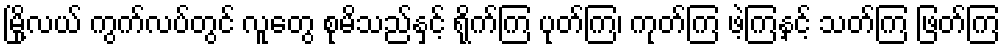
မြို့လယ် ကွက်လပ်တွင် လူတွေ စုမိသည်နှင့် ရိုက်ကြ ပုတ်ကြ၊ ကုတ်ကြ ဖဲ့ကြနှင့် သတ်ကြ ဖြတ်ကြ